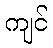
ကျင်